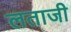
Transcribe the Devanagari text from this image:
लताजी